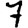
Digit: 7